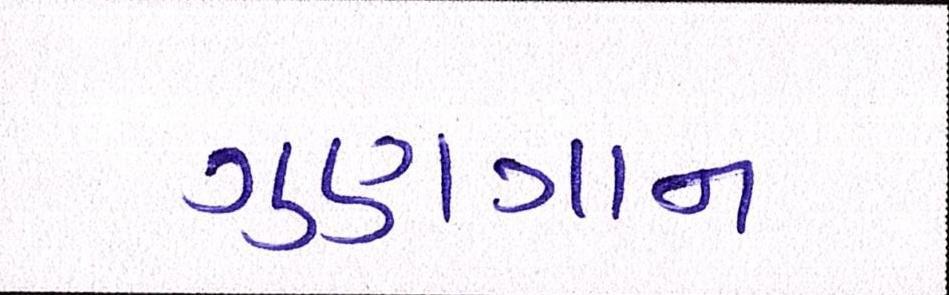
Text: ગુણગાન